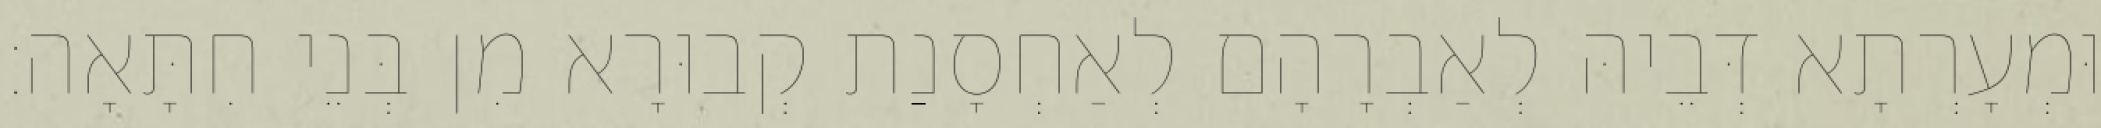
וּמְעָרְתָא דְּבֵיהּ לְאַבְרָהָם לְאַחְסָנַת קְבוּרָא מִן בְּנֵי חִתָּאָה׃